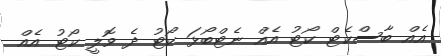
އެއް ބާސްކެޓް ކޯޓު އެއް ނެޓްބޯޅަ ކޯޓު ދެ ވޮލީ ކޯޓު އެއް